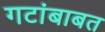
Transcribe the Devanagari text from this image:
गटांबाबत